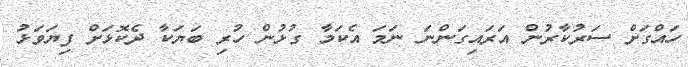
ހައްގަށް ސަރުކާރުން އަރައިގަންނަ ނަމަ އެކަމާ ގުޅުން ހުރި ބަޔަކާ ދެކޮޅަށް ފިޔަވަޅު